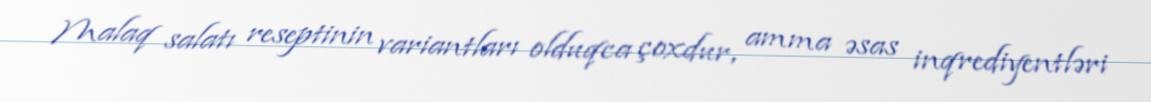
Malaq salatı reseptinin variantları olduqca çoxdur, amma əsas inqrediyentləri